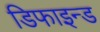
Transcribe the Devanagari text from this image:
डिफाइन्ड